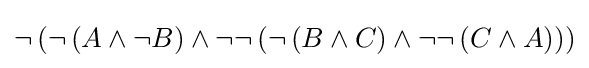
\neg \left(\neg \left(A\wedge \neg B\right)\wedge \neg \neg \left(\neg \left(B\wedge C\right)\wedge \neg \neg \left(C\wedge A\right)\right)\right)